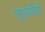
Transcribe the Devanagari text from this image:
एएमबीसी